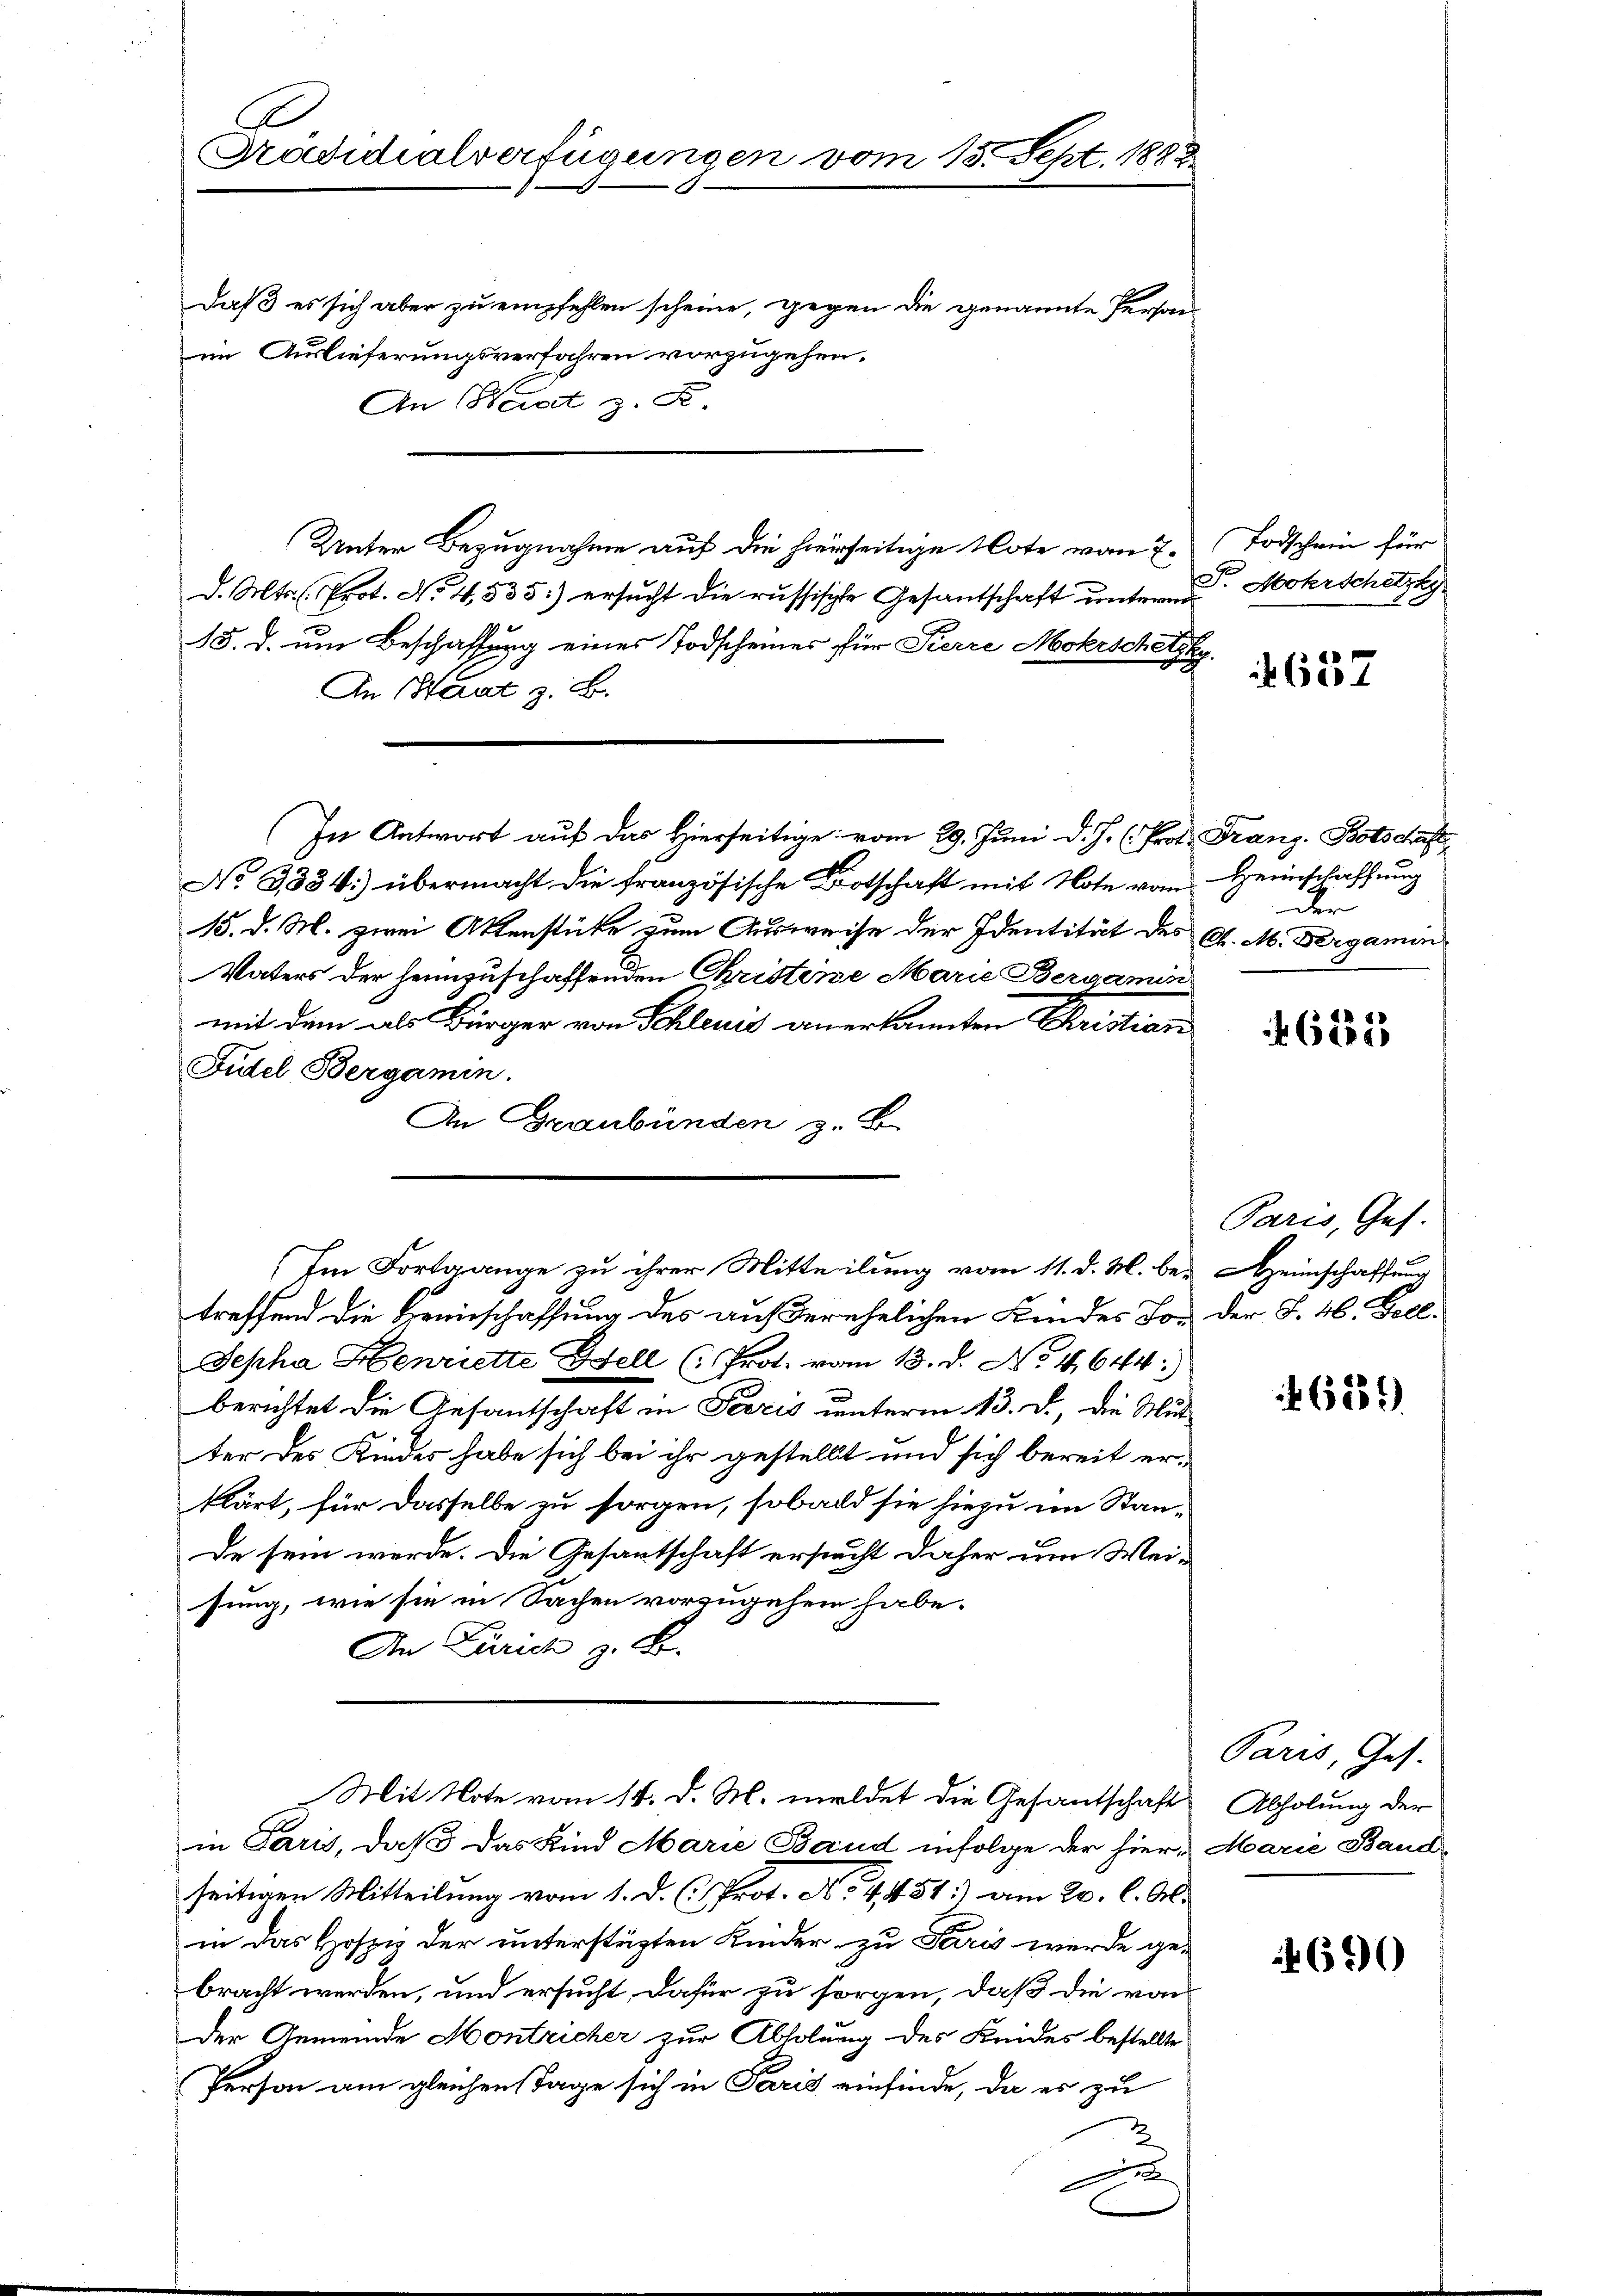
Prädidialverfügungen vom 13. Sept. 1883

daß es sich aber zu empfehlen scheine, gegen die genannte Person
im Auslieferungsverfahren vorzugehen.
An Hast z. R.
Unter Bezugnahme auf die hierseitige Note vom 7.
d. Mts. Prot. No. 4, 535. ersucht die russische Gesantschaft unterm
15. d. um Beschaffung eines Todscheines für Pierre Mokrschetz
An Haut z. B.
(In Antwort auf das Hierseitige vom 29. Juni d. J. (Prot. Franz-Botschaft
No 3334) übermacht die französische Botschaft mit Note vom
15. d. M. zwei Aktenstücke zum Ausweise der Identität des C. M. Dergamin
Vaters der heimzuschaffenden Christine Marie Bergamin
mit dem als Bürger von Schleuis anerkannten Christian
Fidel Bergamin.
An Graubünden z. B.
Im Fortgange zu ihrer Mitteilung vom 11. d. M. betreffend die Heinschaffung des außerehelichen Kindes Jo¬
Jepha Henriette Gfell ( Prot. vom 13. d. No. 4,644:
berichtet die Gesantschaft in Terris unterm 13. d., die Mutter des Kindes habe sich bei ihr gestellt und sich bereit erklärt, für dasselbe zu sorgen, sobald sie hiezu im Stande sein werde. Die Gesantschaft ersucht daher um Weisung, wie sie in Sachen vorzugehen habe.
An Zürich z. B.
Mit Note vom 14. d. M. meldet die Gesantschaft Abholung der
in Paris, daß das Kind Marie Band infolge der hier Marie Band
seitigen Mitteilung vom 1. d. C. Prot. No. 4. 451.) am 20. C. A.
in das Hospis der unterstützten Kinder zu Paris werde ge-
bracht werden, und ersucht, dafür zu sorgen, daß die von
der Gemeinde Montricher zur Abholung des Keides bestellte
Person am gleichen Tage sich in Paris einfinde, da es zu
2
e

Todschein für
J. Mohrschetzky

4637

Heeinschaffung
der

4685

Paris, Ges.
Heimschaffung
Der S. 46. Fell.

659.

Paris, Ges.

690